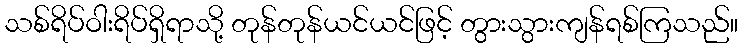
သစ်ရိပ်ဝါးရိပ်ရှိရာသို့ တုန်တုန်ယင်ယင်ဖြင့် တွားသွားကျန်ရစ်ကြသည်။